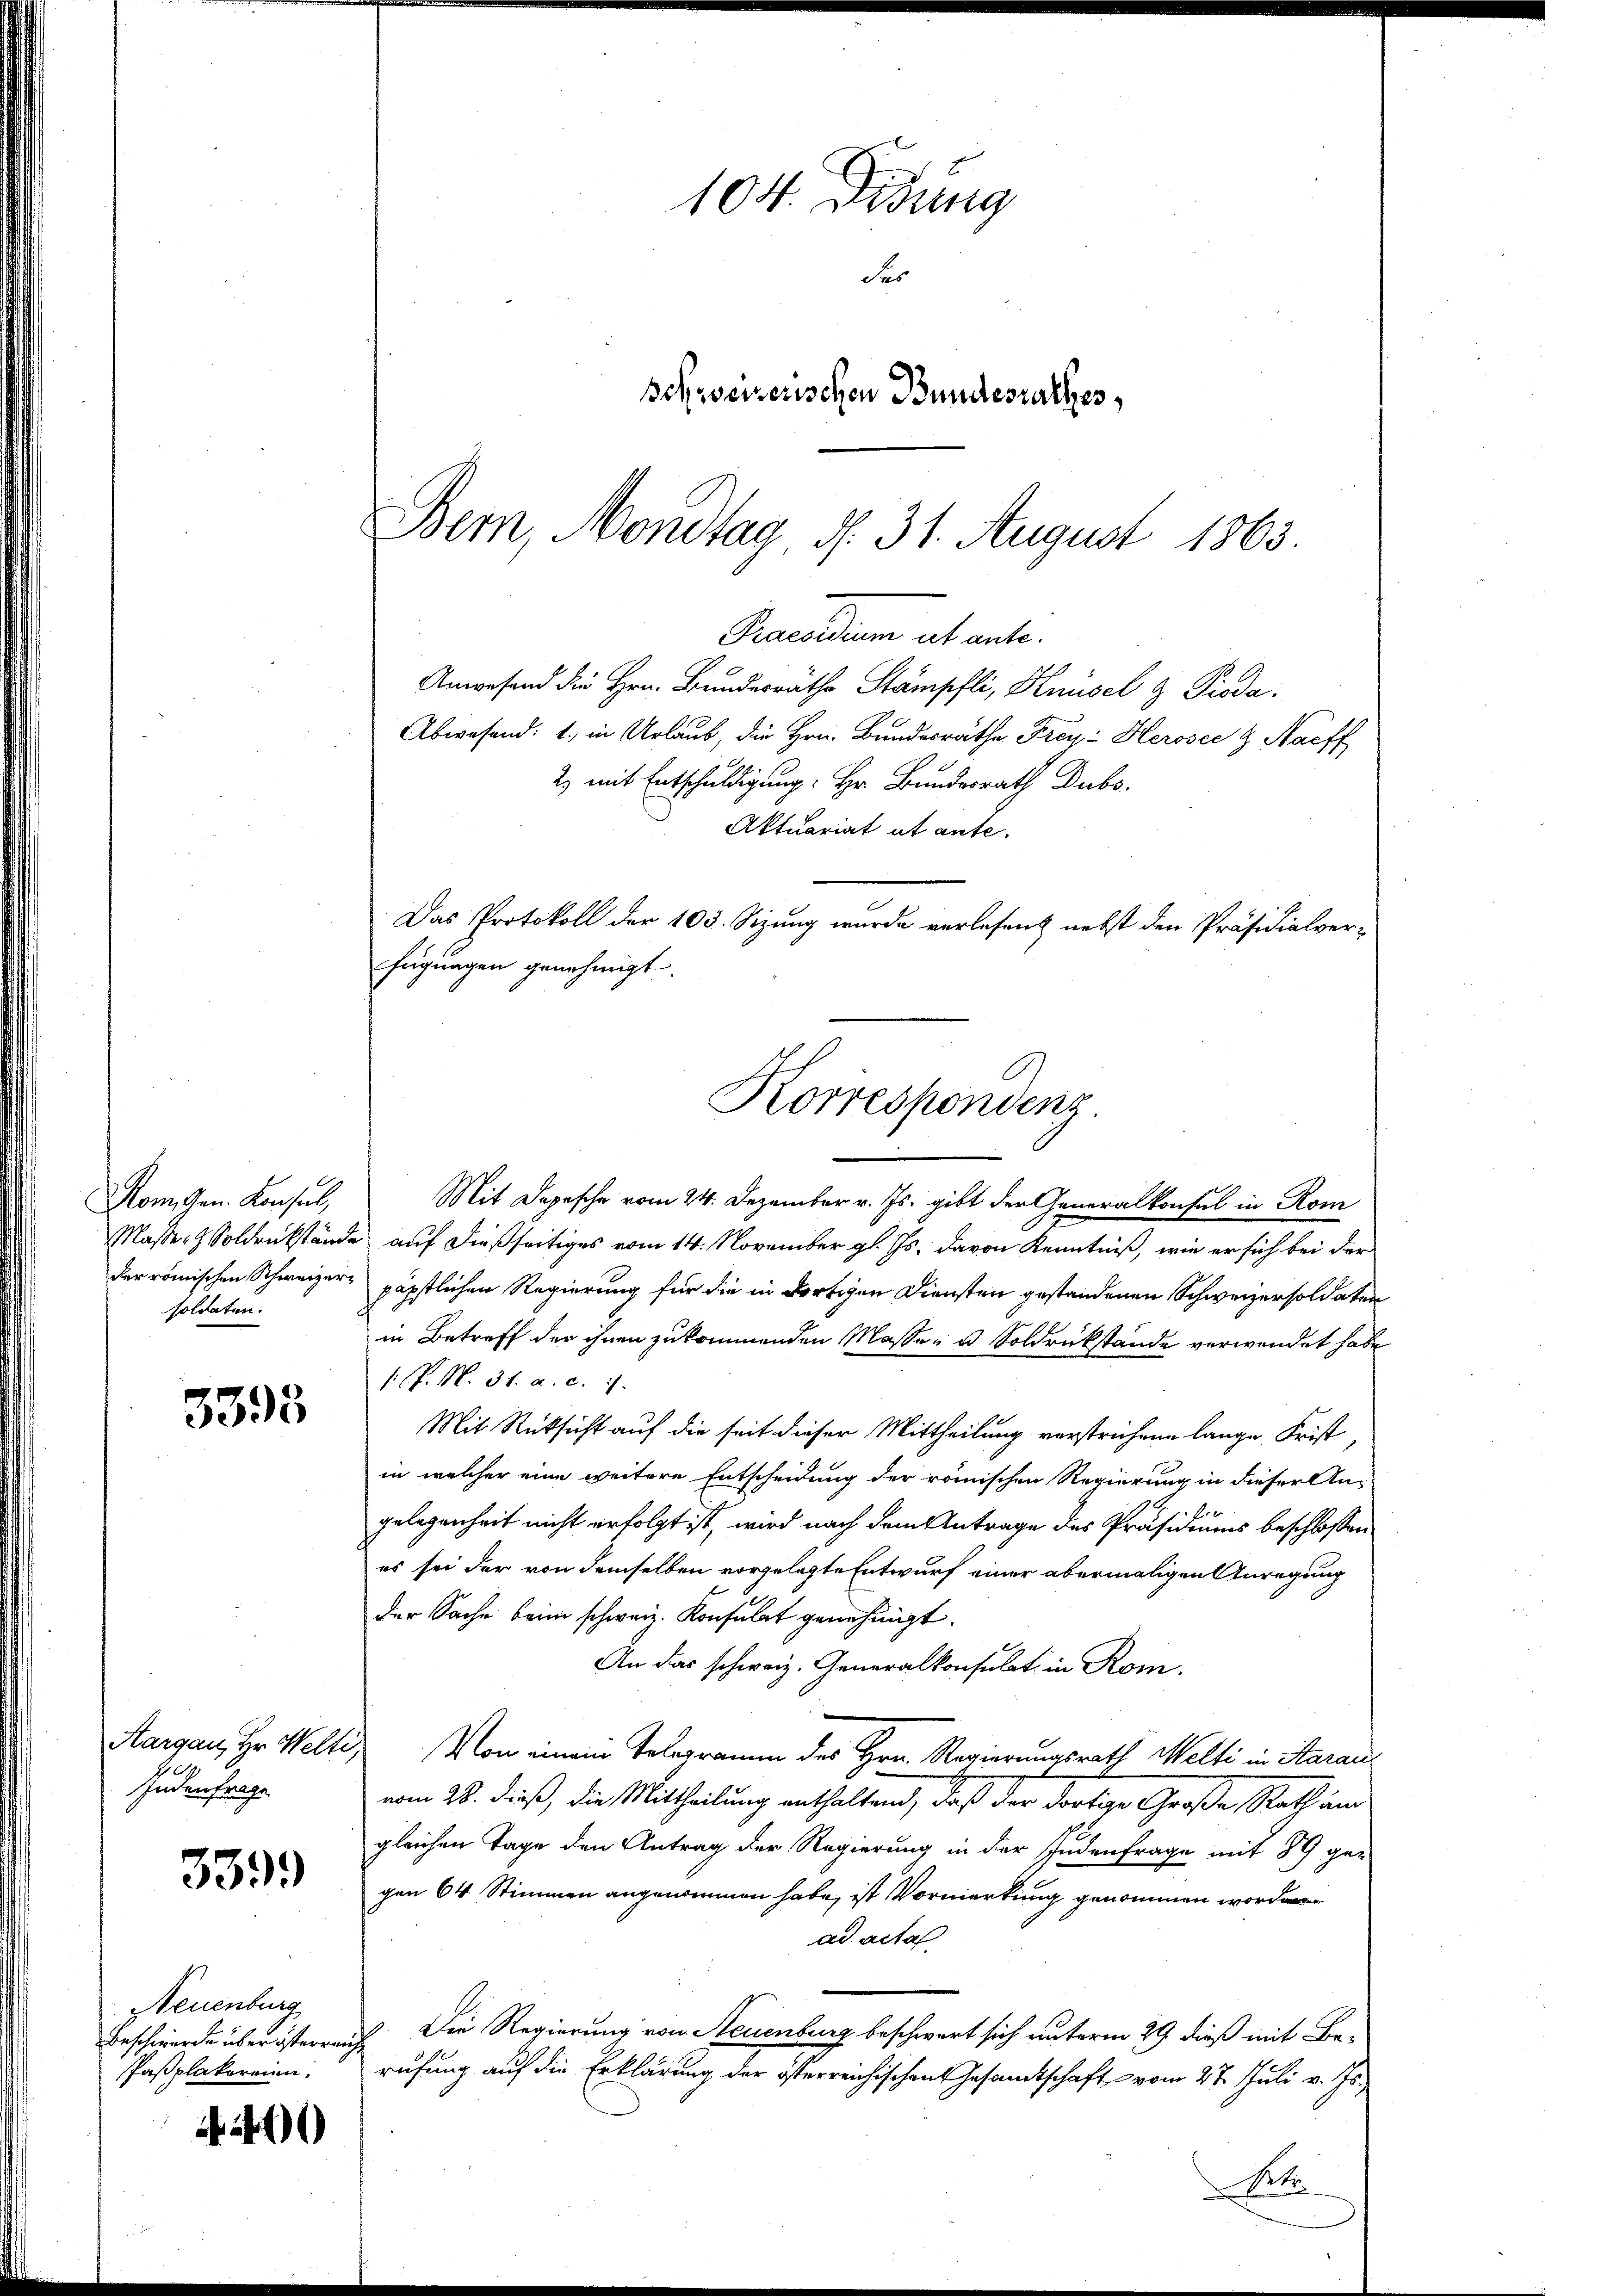
Rom. Gen. Konsul,
soldaten.

3393

Judenfrage

339.

Neuenburg
spaßplatoreien.

46)

Anwesend die Hrn. Bundesräthe Stämpfli, Knüsel & Pioda.
Abwesend: 1., in Urlaub, die Hrn. Bundesräthe Frey Herosec & Naeff
2) mit Entschuldigung: Hr. Bundesrath Dubs.
Aktuariat ut anfe¬
Das Protokoll der 103. Sizung wurde verlesen nebst den Präsidialverfügungen genehmigt.
Masser Soldrükstände auf dießseitiges vom 14. November gl. Js. davon Kenntniß, wie er sich bei der
der römischen Schweizer, päpstlichen Regierung für die in dortigen Diensten gestandenen Schweizer soldaten
in Betreff der ihnen zukommenden Masse u. Soldrückstände verwendet habe
s: P. N. 31. a. c. 1
Mit Rücksicht auf die seit dieser Mittheilung verstrichene lange Frist
in welcher eine weitere Entscheidung der römischen Regierung in dieser An-
gelegenheit nicht erfolgt ist, wird nach dem Antrage des Präsidiums beschlossen
es sei der von demselben vorgelegte Entwurf einer abermaligen Anregung
der Sache beim schweiz. Konsulat genehmigt.
An das schweiz. Generalkonsulat in Rom.
Aargau, Hr. Welti. Von einem Telegramm des Hrn. Regierungsrath Welti in Starau
vom 28. dieß, die Mittheilung enthaltend, daß der dortige Große Rath and
gleichen Tage den Antrag der Regierung in der Judenfrage mit 89 ge-
gen 64 Stimmen angenommen habe, ist Vormerkung genommen worden
ad acta
Beschwerde überösterreich. Die Regierung von Neuenburg beschwert sich unterm 29. dieß mit Berufung auf die Erklärung der österreichischen Gesamtschaft vom 27. Juli v. Js.,
.M.

104. Didung
des
Schweizerischen Bundesrathes,

Bern, Mondtag, d. 31. August 1863.
Praesidium ab ante.

Korrespondenz
Mit Depesche vom 24. Dezember v. Js. gibt der Generalkonsul in Rom